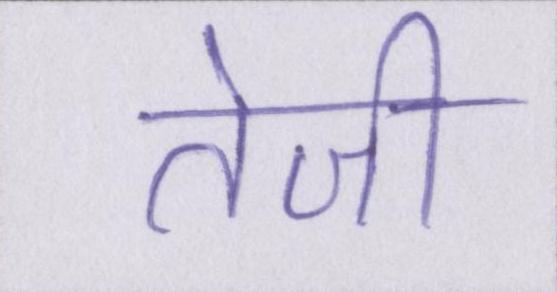
तेजी